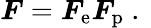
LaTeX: \boldsymbol{F}=\boldsymbol{F}_{\mathrm{e}}\boldsymbol{F}_{\mathrm{p}}\mathrm{~.~}